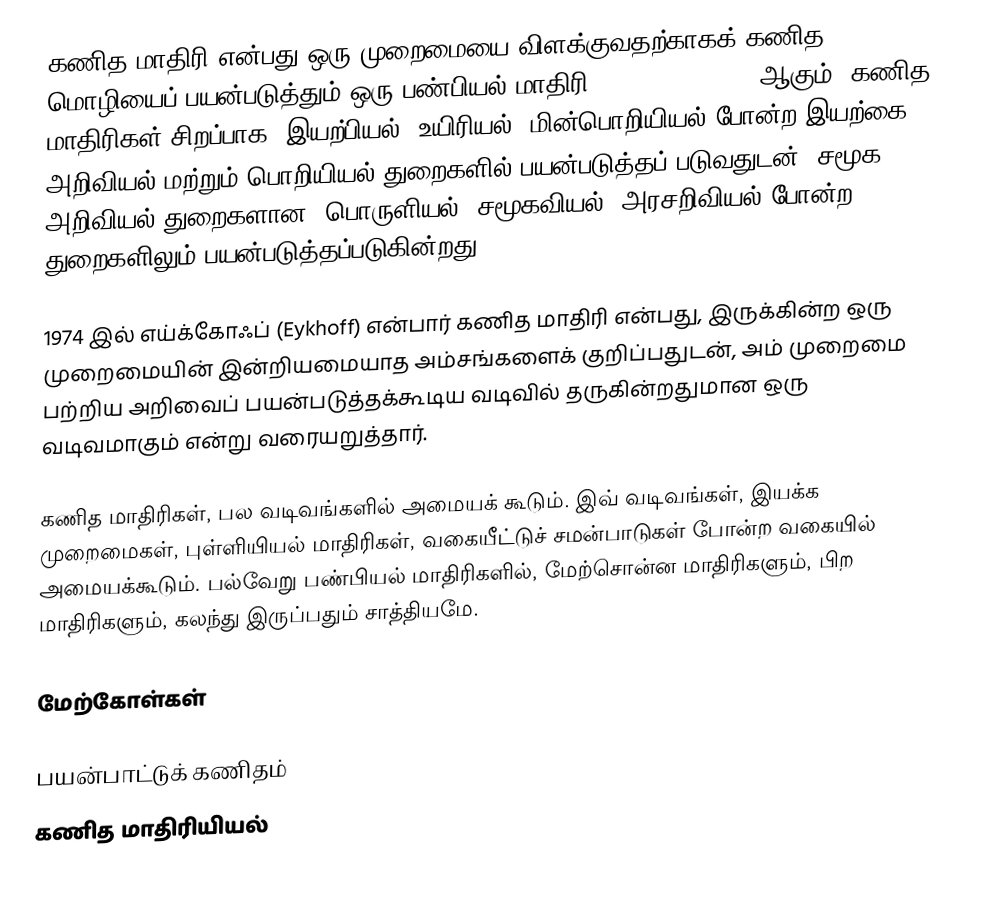
கணித மாதிரி என்பது ஒரு முறைமையை விளக்குவதற்காகக் கணித மொழியைப் பயன்படுத்தும் ஒரு பண்பியல் மாதிரி (abstract model) ஆகும். கணித மாதிரிகள் சிறப்பாக, இயற்பியல், உயிரியல், மின்பொறியியல் போன்ற இயற்கை அறிவியல் மற்றும் பொறியியல் துறைகளில் பயன்படுத்தப் படுவதுடன், சமூக அறிவியல் துறைகளான, பொருளியல், சமூகவியல், அரசறிவியல் போன்ற துறைகளிலும் பயன்படுத்தப்படுகின்றது.

1974 இல் எய்க்கோஃப் (Eykhoff) என்பார் கணித மாதிரி என்பது, இருக்கின்ற ஒரு முறைமையின் இன்றியமையாத அம்சங்களைக் குறிப்பதுடன், அம் முறைமை பற்றிய அறிவைப் பயன்படுத்தக்கூடிய வடிவில் தருகின்றதுமான ஒரு வடிவமாகும் என்று வரையறுத்தார்.

கணித மாதிரிகள், பல வடிவங்களில் அமையக் கூடும். இவ் வடிவங்கள், இயக்க முறைமைகள், புள்ளியியல் மாதிரிகள், வகையீட்டுச் சமன்பாடுகள் போன்ற வகையில் அமையக்கூடும். பல்வேறு பண்பியல் மாதிரிகளில், மேற்சொன்ன மாதிரிகளும், பிற மாதிரிகளும், கலந்து இருப்பதும் சாத்தியமே.

மேற்கோள்கள்

பயன்பாட்டுக் கணிதம்
கணித மாதிரியியல்